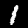
Digit: 1